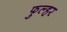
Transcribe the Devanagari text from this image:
फुल्हर